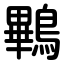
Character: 鷝